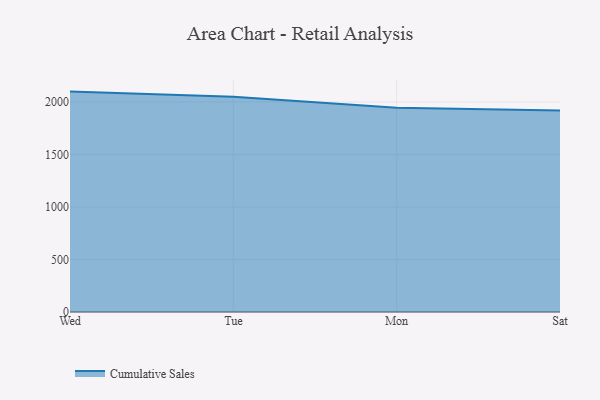
{"axis": {"x": "Day", "y": "Page Views"}, "legend": ["Cumulative Sales"], "data": [{"x": "Wed", "y": 2098.4, "type": "Cumulative Sales"}, {"x": "Tue", "y": 2049.0, "type": "Cumulative Sales"}, {"x": "Mon", "y": 1943.5, "type": "Cumulative Sales"}, {"x": "Sat", "y": 1919.0, "type": "Cumulative Sales"}]}